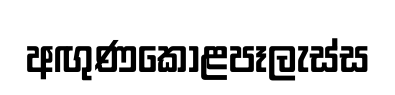
අඟුණකොළපෑලැස්ස